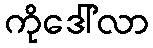
ကိုဒေါ်လာ